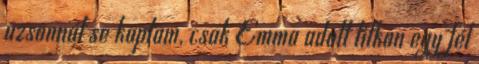
uzsonnát se kaptam, csak Emma adott titkon egy fél